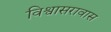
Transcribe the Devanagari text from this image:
विश्वासरावास